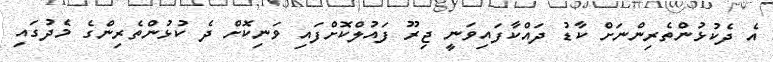
އެ ދެކުޅުންތެރިންނަށް ކާޑު ދައްކާފައިވަނީ ޖިރޫ ފައުލްކޮށްފައި ވަނިކޮށް ދެ ކުޅުންތެރިންގެ މެދުގައި